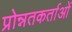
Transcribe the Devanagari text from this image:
प्रोन्नतकर्ताओं